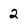
Character: 2